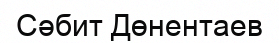
Сәбит Дөнентаев